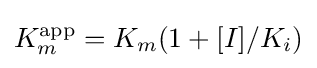
K_{m}^{\text{app}}=K_{m}(1+[I]/K_{i})